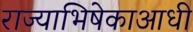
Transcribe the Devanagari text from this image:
राज्याभिषेकाआधी